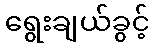
ရွေးချယ်ခွင့်